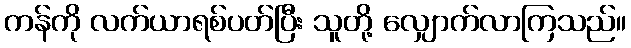
ကန်ကို လက်ယာရစ်ပတ်ပြီး သူတို့ လျှောက်လာကြသည်။